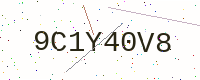
Text: 9C1Y40V8